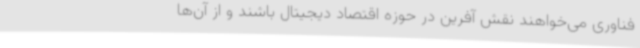
فناوری می‌خواهند نقش آفرین در حوزه اقتصاد دیجیتال باشند و از آن‌ها